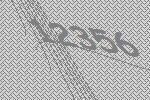
12356